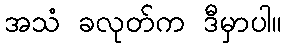
အသံ ခလုတ်က ဒီမှာပါ။